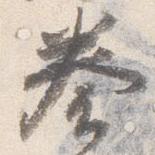
奏